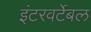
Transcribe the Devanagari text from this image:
इंटरवर्टेबल